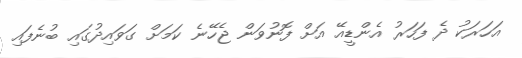
އަހަރަކު ދެ ފަހަރު އެންޑީއޭ އަށް ފޮނުވަން ޖެހޭނެ ކަމަށް ގަވައިދުގައި ބުނެފައި